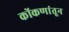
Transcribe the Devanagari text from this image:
कोंकणांतून